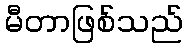
မီတာဖြစ်သည်